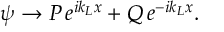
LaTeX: \psi \rightarrow P \, e ^ { i k _ { L } x } + Q \, e ^ { - i k _ { L } x } .